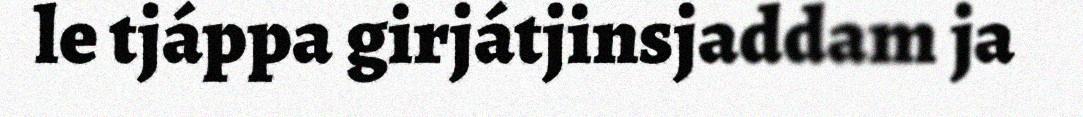
le tjáppa girjátjinsjaddam ja